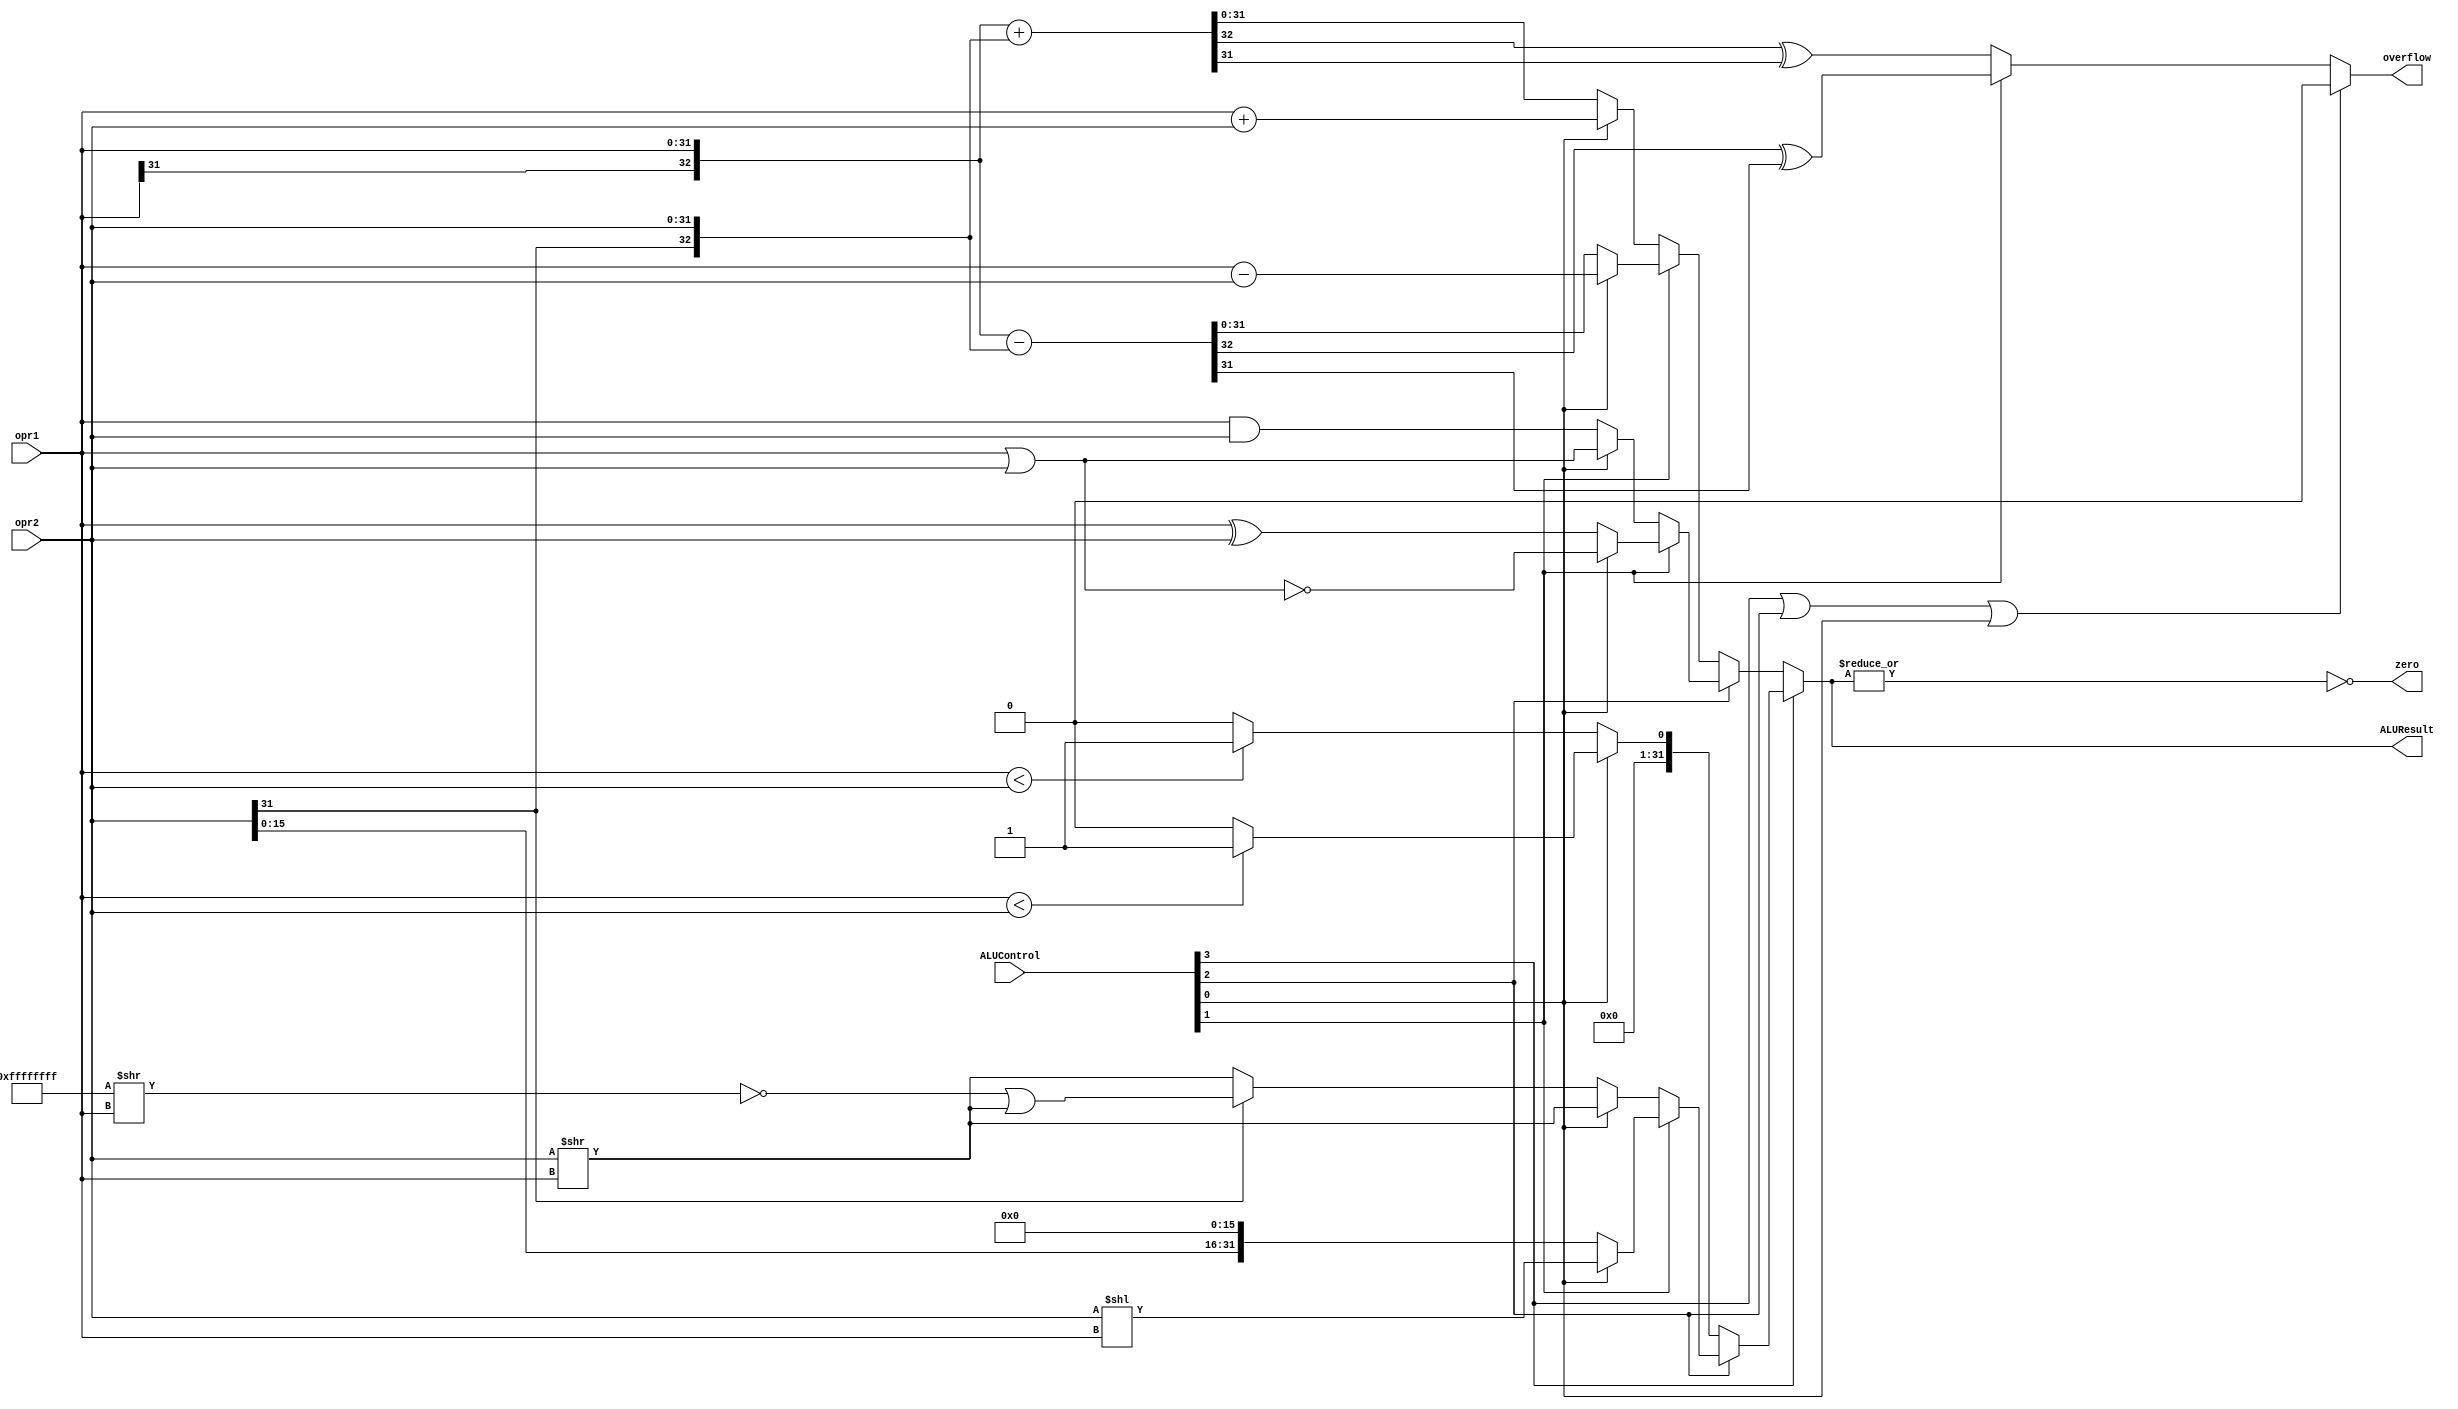
module ALU (
    input wire[31:0] opr1,
    input wire[31:0] opr2,
    input wire[3:0] ALUControl,

    output wire[31:0] ALUResult,
    output wire overflow,
    output wire zero
);

    wire[32:0] extOpr1 = {opr1[31], opr1};
    wire[32:0] extOpr2 = {opr2[31], opr2};

    wire[32:0] addResult = extOpr1 + extOpr2;
    wire[31:0] adduResult = opr1 + opr2;

    wire[32:0] subResult = extOpr1 - extOpr2;
    wire[31:0] subuResult = opr1 - opr2;

    wire[31:0] andResult = opr1 & opr2;
    wire[31:0] orResult = opr1 | opr2;
    wire[31:0] xorResult = opr1 ^ opr2;
    wire[31:0] norResult = ~(opr1 | opr2);

    wire[31:0] sltResult = $signed(opr1) < $signed(opr2) ? 32'h1 : 32'h0;
    wire[31:0] sltuResult = opr1 < opr2 ? 32'h1 : 32'h0;

    wire[31:0] sllResult = opr2 << opr1;
    wire[31:0] srlResult = opr2 >> opr1;
    wire[31:0] sraResult = opr2[31] ? (~(32'hffffffff >> opr1) | (opr2 >> opr1)) : opr2 >> opr1;
    // wire[31:0] sraResult = ({32{opr2[31]}} << (32 - opr1)) | (opr2 >> opr1);

    wire[31:0] luiResult = {opr2[15:0], 16'h0};


    assign ALUResult = ALUControl[3] ? // 1xxx
                            (ALUControl[2] ? // 11xx
                                (ALUControl[1] ? // 111x
                                    (ALUControl[0] ? sllResult : luiResult) // 1111    1110
                                    : // 110x
                                    (ALUControl[0] ? srlResult : sraResult) // 1101    1100
                                )
                                : // 10xx
                                (ALUControl[0] ? sltuResult : sltResult) // 1011    1010
                                // (ALUControl[1] ? // 101x
                                //     (ALUControl[0] ? sltuResult : sltResult) // 1011    1010
                                //     : // 100x
                                //     (ALUControl[0] ? srlResult : sraResult) // 1001 NA   1000 NA
                                // )
                            )
                            : // 0xxx
                            (ALUControl[2] ? // 01xx
                                (ALUControl[1] ? // 011x
                                    (ALUControl[0] ? norResult : xorResult) // 0111    0110
                                    : // 010x
                                    (ALUControl[0] ? orResult : andResult) // 0101    0100
                                )
                                : // 00xx
                                (ALUControl[1] ? // 001x
                                    (ALUControl[0] ? subuResult : subResult[31:0]) // 0011    0010
                                    : // 000x
                                    (ALUControl[0] ? adduResult : addResult[31:0]) // 0001   0000
                                )
                            );
    assign overflow = ALUControl[3] | ALUControl[2] | ALUControl[0] ? 1'b0 : (ALUControl[1] ? subResult[32] ^ subResult[31] : addResult[32] ^ addResult[31]);
    assign zero = ~(| ALUResult);
endmodule